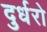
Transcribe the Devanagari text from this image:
दुर्धरो